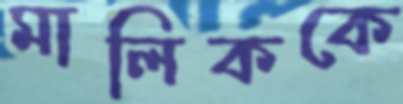
মালিককে